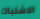
الاشتباك